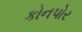
કોનપોર